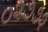
૦૨૭૭૨